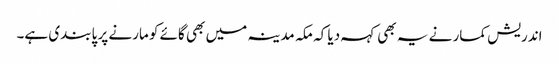
اندریش کمار نے یہ بھی کہہ دیا کہ مکہ مدینہ میں بھی گائے کو مارنے پر پابندی ہے۔